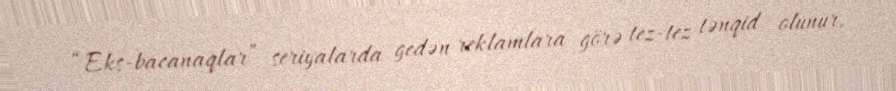
“Eks-bacanaqlar” seriyalarda gedən reklamlara görə tez-tez tənqid olunur,